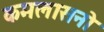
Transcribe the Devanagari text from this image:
कमलासनो